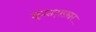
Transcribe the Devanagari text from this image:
इस्तग़फ़ार